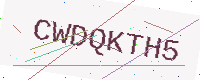
Text: CWDQKTH5